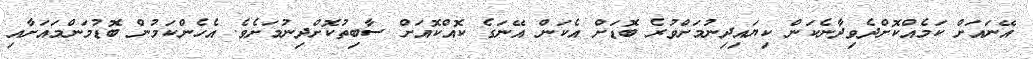
އޭނައަށް ކަމެއްކޮށްދެވިދާނެކަން ކިޔައިދިނުމަށްވުރެ ބޮޑަށް އެކަން އޭނަގެ ކޮއްކޮއަށް ސާބިތުކޮށްދިނުމަށެވެ. އެހެންކަމުން ބޮޑުމަންމައަށާއި